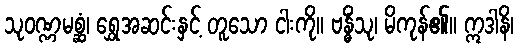
သုဝဏ္ဏမစ္ဆံ၊ ရွှေအဆင်းနှင့် တူသော ငါးကို။ ဗန္ဓိံသု၊ မိကုန်၏။ ဣဒါနိ၊